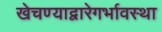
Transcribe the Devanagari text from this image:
खेचण्याद्वारेगर्भावस्था